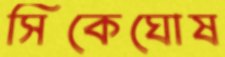
সিকেঘোষ